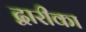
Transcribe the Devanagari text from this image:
द्वारीका